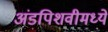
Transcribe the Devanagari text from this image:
अंडपिशवीमध्ये